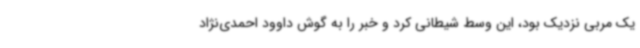
یک مربی نزدیک بود، این وسط شیطانی کرد و خبر را به گوش داوود احمدی‌نژاد